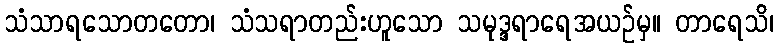
သံသာရသောတတော၊ သံသရာတည်းဟူသော သမုဒ္ဒရာရေအယဉ်မှ။ တာရေသိ၊